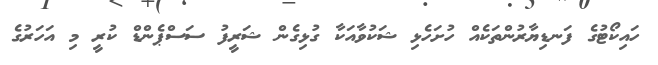
ހައިކޯޓުގެ ފަނޑިޔާރުންތަކެއް ހުށަހެޅި ޝަކުވާއަކާ ގުޅިގެން ޝަރީފު ސަސްޕެންޑް ކުރީ މި އަހަރުގެ